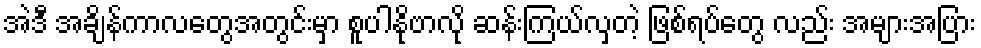
အဲဒီ အချိန်ကာလတွေအတွင်းမှာ စူပါနိုဗာလို ဆန်းကြယ်လှတဲ့ ဖြစ်ရပ်တွေ လည်း အများအပြား